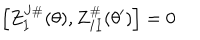
\left[ Z _ { I } ^ { J \# } ( \theta ) , Z _ { I I } ^ { \# } ( \theta ^ { \prime } ) \right] = 0